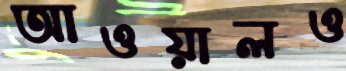
আওয়ালও